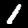
Label: 1